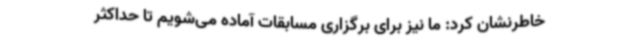
خاطرنشان کرد: ما نیز برای برگزاری مسابقات آماده می‌شویم تا حداکثر